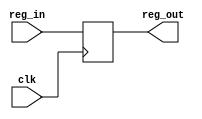
`timescale 1ns / 1ps
//////////////////////////////////////////////////////////////////////////////////
// Company: 
// Engineer: 
// 
// Design Name: 
// Module Name:    Para_Reg 
// Project Name: 
// Target Devices: 
// Tool versions: 
// Description: 
//
// Dependencies: 
//
// Revision: 
// Revision 0.01 - File Created
// Additional Comments: 
//
//////////////////////////////////////////////////////////////////////////////////
module Para_Reg(clk, reg_in, reg_out);
	parameter W = 32;

	input clk;
	input [W-1:0] reg_in;
	output [W-1:0] reg_out;
	
	reg [W-1:0] Reg;
	
	assign reg_out = Reg;

	always@(posedge clk)
		begin
		Reg <= reg_in;
		end

endmodule